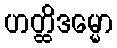
ဟတ္ထိဒမ္မော